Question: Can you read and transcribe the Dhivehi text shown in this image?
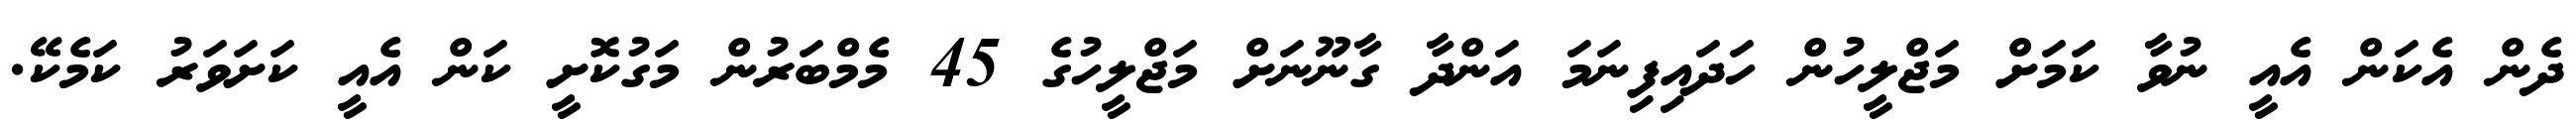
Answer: ދެން އެކަން އެއީ ނުވާ ކަމަށް މަޖްލީހުން ހަދައިފިނަމަ އަންދާ ގާނޫނަށް މަޖްލީހުގެ 45 މެމްބަރުން މަގުކޮށީ ކަން އެއީ ކަށަވަރު ކަމެކޭ.